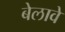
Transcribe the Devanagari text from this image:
बेलावे